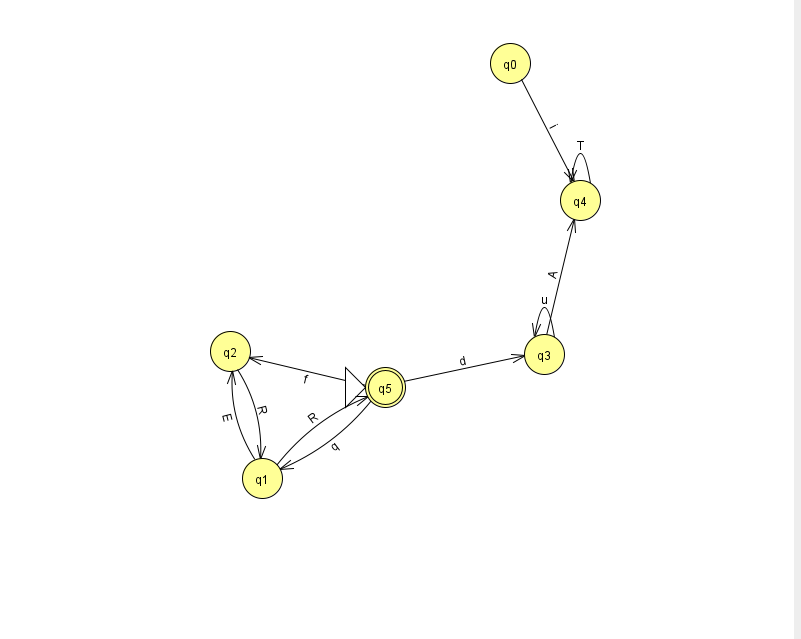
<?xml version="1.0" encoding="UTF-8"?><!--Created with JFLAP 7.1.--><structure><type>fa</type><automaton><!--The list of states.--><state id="0" name="q0"><x>510.0</x><y>50.0</y></state><state id="1" name="q1"><x>262.0</x><y>465.0</y></state><state id="2" name="q2"><x>230.0</x><y>338.0</y></state><state id="3" name="q3"><x>544.0</x><y>341.0</y></state><state id="4" name="q4"><x>580.0</x><y>187.0</y></state><state id="5" name="q5"><x>385.0</x><y>374.0</y><initial/><final/></state><!--The list of transitions.--><transition><from>3</from><to>4</to><read>A</read></transition><transition><from>5</from><to>3</to><read>d</read></transition><transition><from>4</from><to>4</to><read>T</read></transition><transition><from>3</from><to>3</to><read>u</read></transition><transition><from>5</from><to>2</to><read>f</read></transition><transition><from>1</from><to>2</to><read>E</read></transition><transition><from>0</from><to>4</to><read>i</read></transition><transition><from>1</from><to>5</to><read>R</read></transition><transition><from>2</from><to>1</to><read>R</read></transition><transition><from>5</from><to>1</to><read>q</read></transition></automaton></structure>